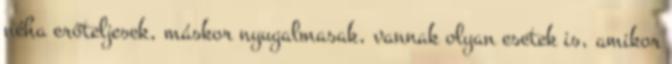
néha erőteljesek, máskor nyugalmasak, vannak olyan esetek is, amikor